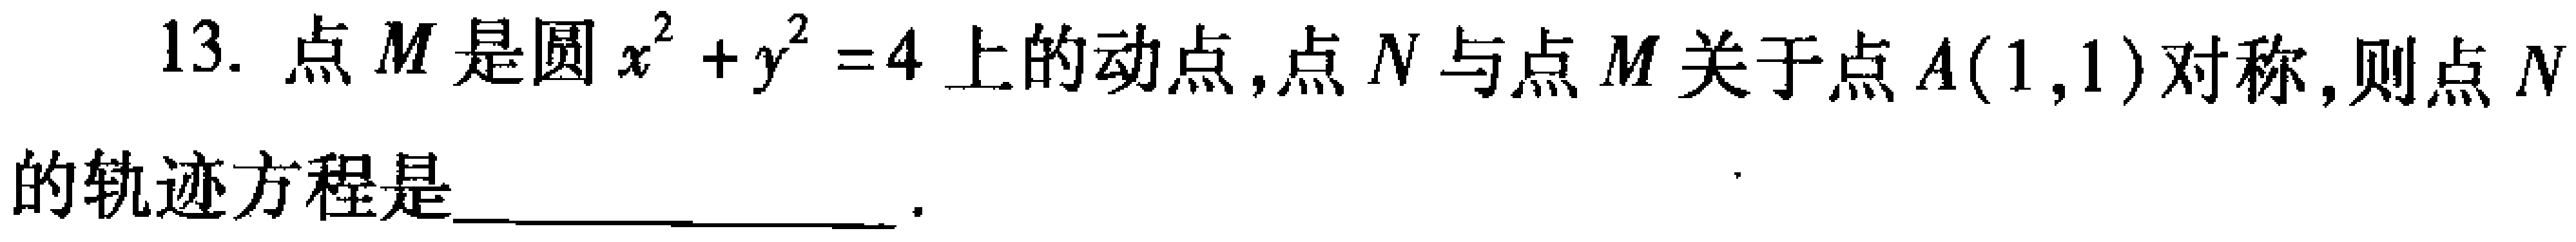
13. 点\(M\)是圆\(x^{2}+y^{2}=4\)上的动点,点\(N\)与点\(M\)关于点\(A(1,1)\)对称,则点\(N\)的轨迹方程是_________________.